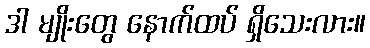
ဒါ မျိုးတွေ နောက်ထပ် ရှိသေးလား။